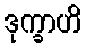
ဒုက္ခာဟိ